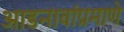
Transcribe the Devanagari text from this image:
आडनावांप्रमाणे